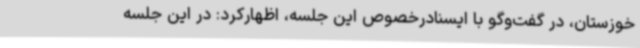
خوزستان، در گفت‌وگو با ایسنادرخصوص این جلسه، اظهارکرد: در این جلسه